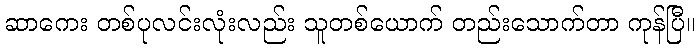
ဆာကေး တစ်ပုလင်းလုံးလည်း သူတစ်ယောက် တည်းသောက်တာ ကုန်ပြီ။